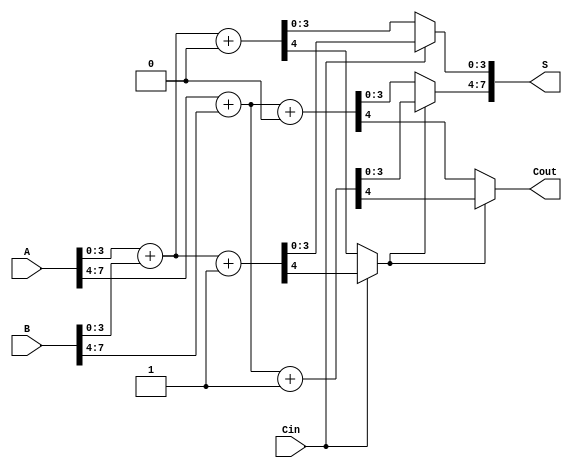
module Carry_Select_Adder (
    input [7:0] A,        // 8-bit input A
    input [7:0] B,        // 8-bit input B
    input Cin,            // Carry-in
    output [7:0] S,       // 8-bit sum output
    output Cout           // Carry-out
);
    // Internal signals for block 1 (lower 4 bits)
    wire [3:0] S1_0, S1_1; // Sums for block 1
    wire Cout_1_0, Cout_1_1; // Carry outs for block 1

    // Internal signals for block 2 (upper 4 bits)
    wire [3:0] S2_0, S2_1; // Sums for block 2
    wire Cout_2_0, Cout_2_1; // Carry outs for block 2

    // Block 1: 4-bit addition assuming Cin = 0
    assign {Cout_1_0, S1_0} = A[3:0] + B[3:0] + 1'b0;

    // Block 1: 4-bit addition assuming Cin = 1
    assign {Cout_1_1, S1_1} = A[3:0] + B[3:0] + 1'b1;

    // MUX to select sum and carry out for block 1 based on Cin
    wire [3:0] S1;
    wire Cout_1;
    assign S1 = (Cin) ? S1_1 : S1_0;
    assign Cout_1 = (Cin) ? Cout_1_1 : Cout_1_0;

    // Block 2: 4-bit addition assuming Cin = 0
    assign {Cout_2_0, S2_0} = A[7:4] + B[7:4] + 1'b0;

    // Block 2: 4-bit addition assuming Cin = 1
    assign {Cout_2_1, S2_1} = A[7:4] + B[7:4] + 1'b1;

    // MUX to select sum and carry out for block 2 based on Cout_1
    wire [3:0] S2;
    wire Cout_2;
    assign S2 = (Cout_1) ? S2_1 : S2_0;
    assign Cout_2 = (Cout_1) ? Cout_2_1 : Cout_2_0;

    // Final sum and carry out
    assign S = {S2, S1}; // Concatenate sums from both blocks
    assign Cout = Cout_2; // Final carry out

endmodule